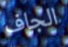
الجاف